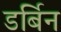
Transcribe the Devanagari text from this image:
डर्बिन